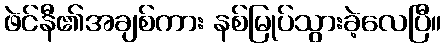
ဖဲင်နီ၏အချစ်ကား နစ်မြုပ်သွားခဲ့လေပြီ။